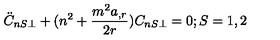
\ddot { C } _ { n S \perp } + ( n ^ { 2 } + \frac { m ^ { 2 } a _ { , r } } { 2 r } ) C _ { n S \perp } = 0 ; S = 1 , 2